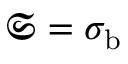
\mathfrak { S } = \sigma _ { \mathrm { b } }